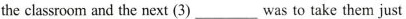
the cassroom and the next (3) ___ was to take them just